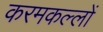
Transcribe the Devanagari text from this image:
करमकल्लों